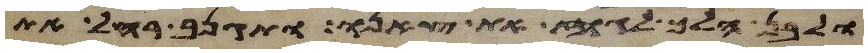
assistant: ולבן הלך לגוז את צאנו ותגנב רחל את